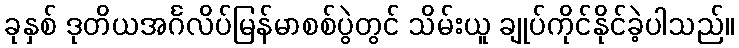
ခုနှစ် ဒုတိယအင်္ဂလိပ်မြန်မာစစ်ပွဲတွင် သိမ်းယူ ချုပ်ကိုင်နိုင်ခဲ့ပါသည်။